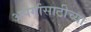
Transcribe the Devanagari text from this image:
अपंगांसाठीच्या